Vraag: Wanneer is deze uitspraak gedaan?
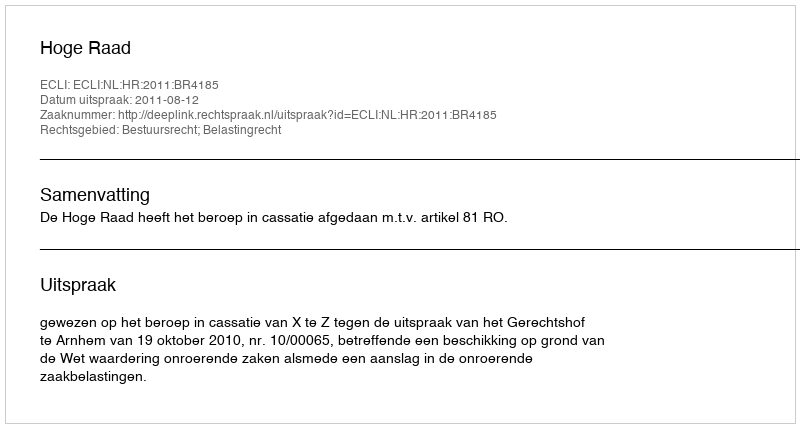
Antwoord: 2011-08-12